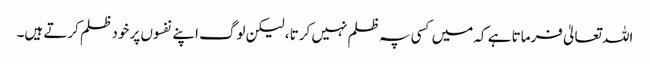
اللہ تعالیٰ فرماتا ہے کہ میں کسی پہ ظلم نہیں کرتا ، لیکن لوگ اپنے نفسوں پر خود ظلم کرتے ہیں۔